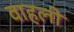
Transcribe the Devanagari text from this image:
वाहली